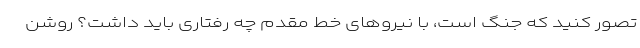
تصور کنید که جنگ است، با نیروهای خط مقدم چه رفتاری باید داشت؟ روشن